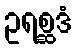
ဥရစ္ဆဒံ